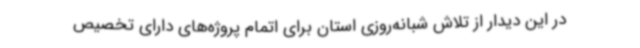
در این دیدار از تلاش شبانه‌روزی استان برای اتمام پروژه‌های دارای تخصیص